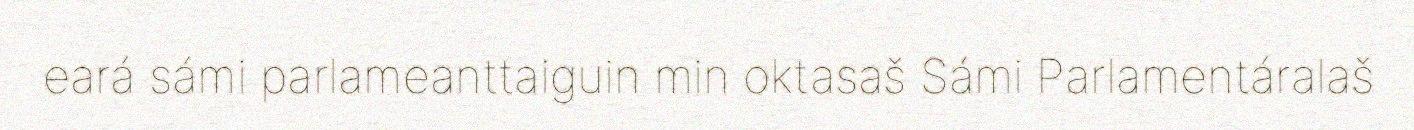
eará sámi parlameanttaiguin min oktasaš Sámi Parlamentáralaš